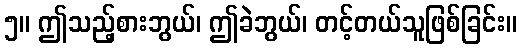
၅။ ဤသည့်စားဘွယ်၊ ဤခဲဘွယ်၊ တင့်တယ်သူဖြစ်ခြင်း။